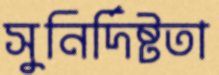
সুনির্দিষ্টতা